Vaccination in the Punjab 1883-1896 - 1883-1896
Year: 1883
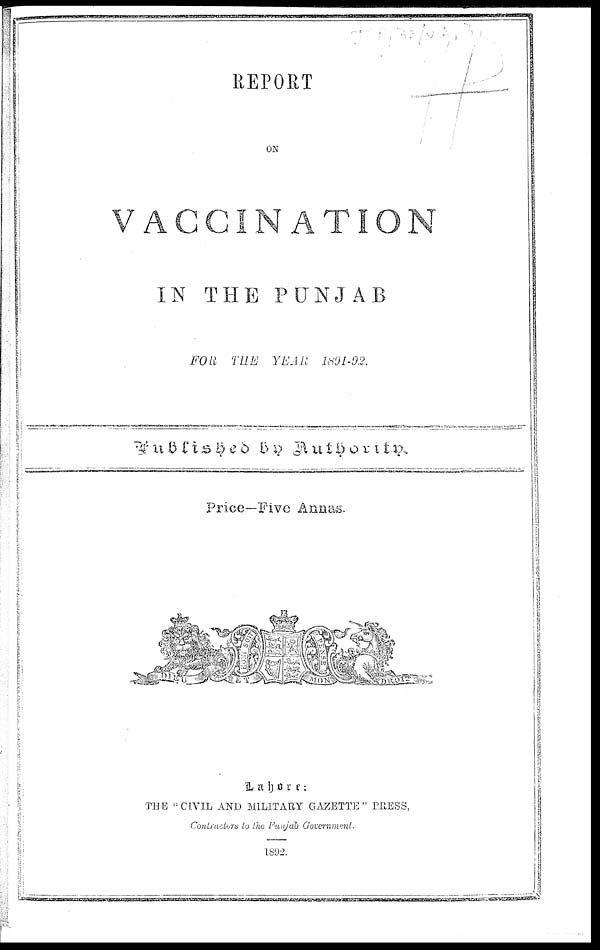
REPORT
ON
VACCINATION
IN THE PUNJAB
FOR THE YEAR 1891-92.
Published by Authority.
Price—Five Annas.
L a h o r e:
THE "CIVIL AND MILITARY GAZETTE" PRESS,
Contractors to the Punjab Government.
1892.